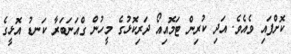
ކޮށްފައި ވެއެވެ. އަދި ކުރިން ޓަމޮއިއޯ ދަރިކޮޅުގެ މީހުން ގްއަނަބަރާ ކަނޑު އޮޅީގެ